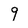
Character: 9